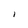
Character: I